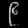
Digit: ၉